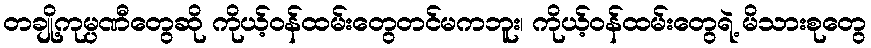
တချို့ကုမ္ပဏီတွေဆို ကိုယ့်ဝန်ထမ်းတွေတင်မကဘူး၊ ကိုယ့်ဝန်ထမ်းတွေရဲ့ မိသားစုတွေ